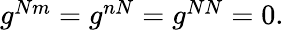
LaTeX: \begin{array}{r}{g^{Nm}=g^{nN}=g^{NN}=0.}\end{array}